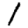
Digit: 1